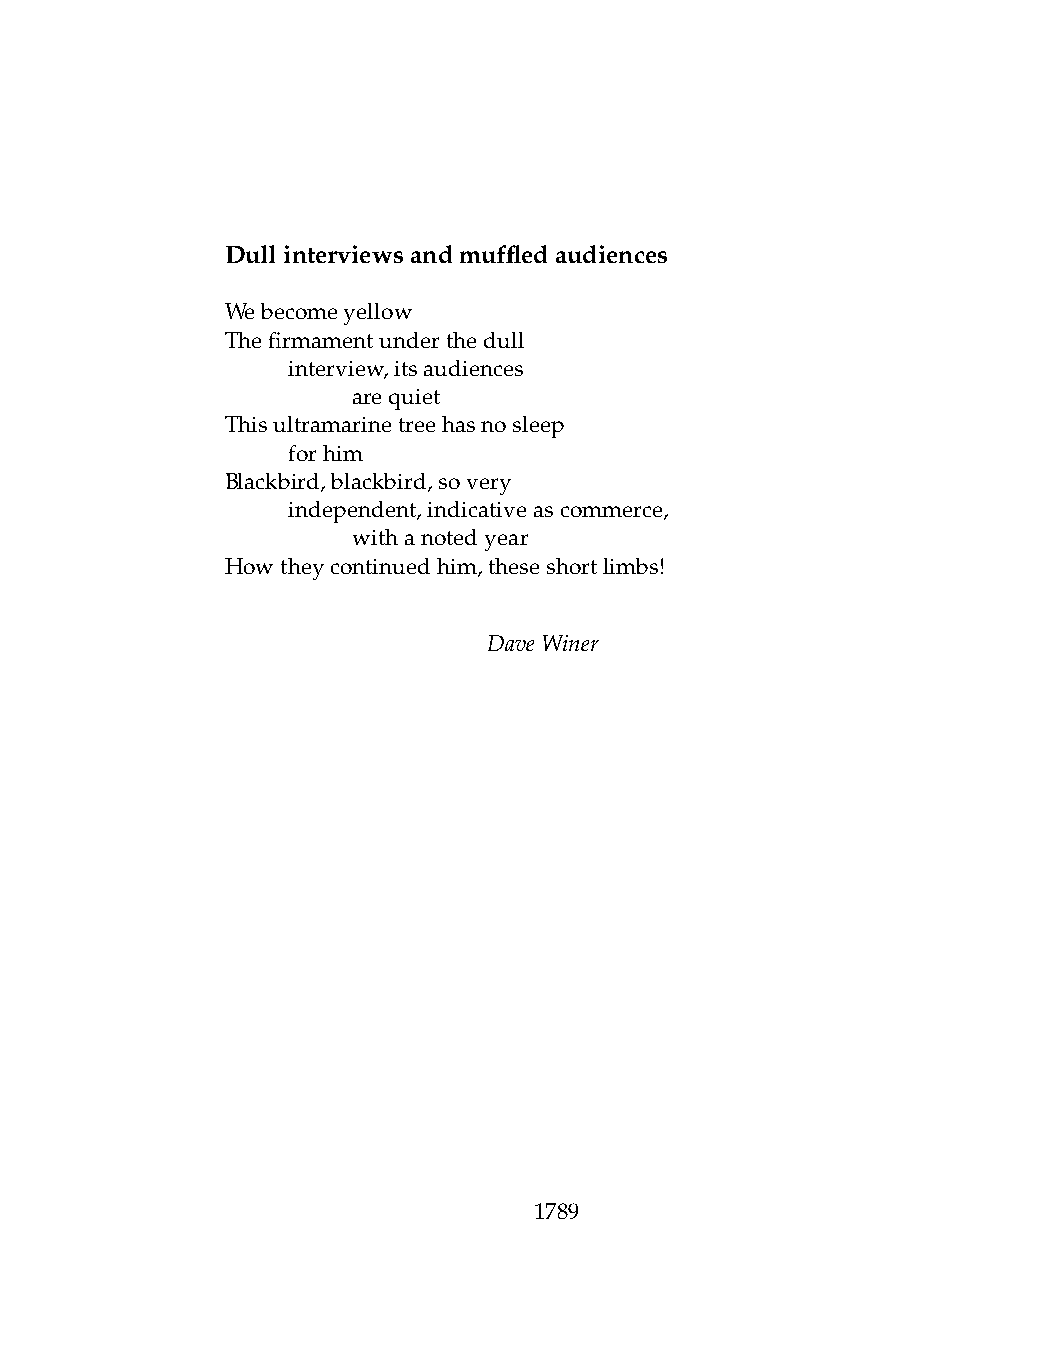
Dullinterviewsandmuffledaudiences
 Webecomeyellow
 Thefirmamentunderthedull
 .   interview,itsaudiences
 .   .   arequiet
 Thisultramarinetreehasnosleep
 .   forhim
 Blackbird,blackbird,sovery
 .   independent,indicativeascommerce,
 .   .   withanotedyear
 Howtheycontinuedhim,theseshortlimbs!
 DaveWiner
 1789